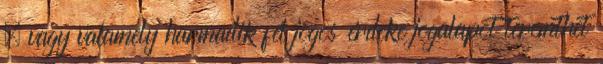
– vagy valamely harmadik fél jogos érdeke jogalapot teremthet